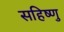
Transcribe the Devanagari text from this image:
सहिष्‍णु